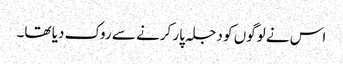
اس نے لوگوں کو دجلہ پار کرنے سے روک دیا تھا۔